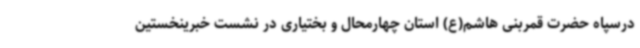
درسپاه حضرت قمربنی هاشم(ع) استان چهارمحال و بختیاری در نشست خبرینخستین